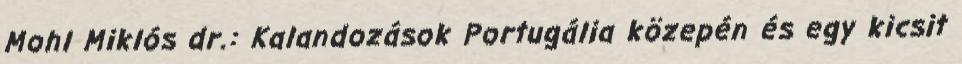
Mohl Miklós dr.: Kalandozások Portugália közepén és egy kicsit